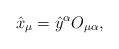
\begin{align*}\hat{x}_\mu=\hat{y}^\alpha O_{\mu\alpha},\end{align*}